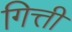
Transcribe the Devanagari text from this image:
गित्ती